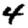
Digit: 4